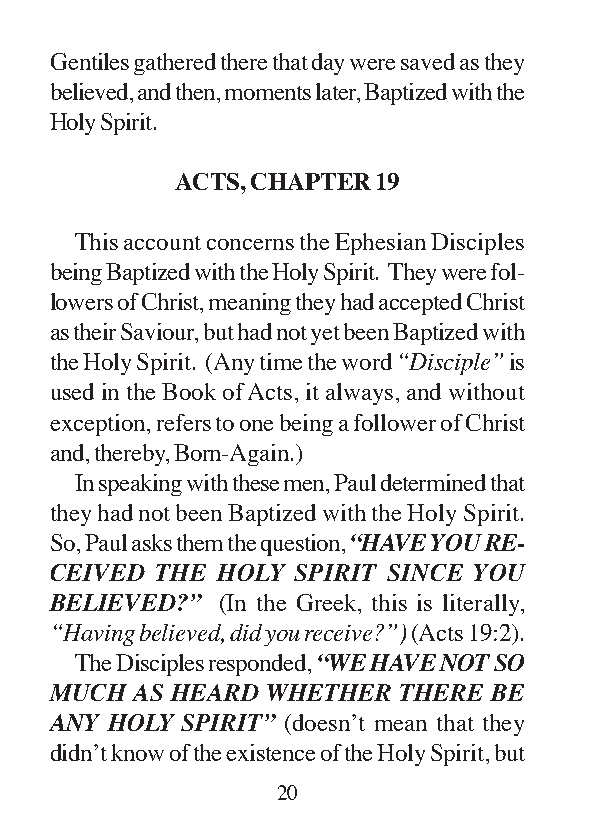
Gentiles gathered there that day were saved as they
 believed, and then, moments later, Baptized with the
 Holy Spirit.
 ACTS, CHAPTER 19
 This account concerns the Ephesian Disciples
 being Baptized with the Holy Spirit. They were fol-
 lowers of Christ, meaning they had accepted Christ
 as their Saviour, but had not yet been Baptized with
 the Holy Spirit. (Any time the word “Disciple” is
 used in the Book of Acts, it always, and without
 exception, refers to one being a follower of Christ
 and, thereby, Born-Again.)
 In speaking with these men, Paul determined that
 they had not been Baptized with the Holy Spirit.
 So, Paul asks them the question, “HAVE YOU RE-
 CEIVED THE HOLY  SPIRIT SINCE YOU
 BELIEVED?” (In the Greek, this is literally,
 “Having believed, did you receive?”) (Acts 19:2).
 The Disciples responded, “WE HAVE NOT SO
 MUCH  AS HEARD WHETHER THERE  BE
 ANY HOLY SPIRIT” (doesn’t mean that they
 didn’t know of the existence of the Holy Spirit, but
 20